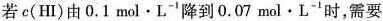
若c(HI)由0.1mol·L^{-1}降到0.07mol·L^{-1}时，需要